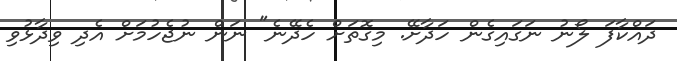
ދައްކާފަ ލޯނު ނަގައިގެން ހަދާށޭ. މިގޮތަށް ހެދޭނެ" ނަން ނުޖެހުމަށް އެދި ވިދާޅުވި